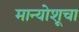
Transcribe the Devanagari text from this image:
मान्योशूचा